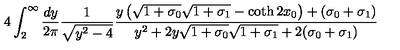
4 \int _ { 2 } ^ { \infty } \frac { d y } { 2 \pi } \frac { 1 } { \sqrt { y ^ { 2 } - 4 } } \frac { y \left( \sqrt { 1 + \sigma _ { 0 } } \sqrt { 1 + \sigma _ { 1 } } - \coth 2 x _ { 0 } \right) + ( \sigma _ { 0 } + \sigma _ { 1 } ) } { y ^ { 2 } + 2 y \sqrt { 1 + \sigma _ { 0 } } \sqrt { 1 + \sigma _ { 1 } } + 2 ( \sigma _ { 0 } + \sigma _ { 1 } ) }